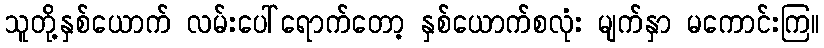
သူတို့နှစ်ယောက် လမ်းပေါ်ရောက်တော့ နှစ်ယောက်စလုံး မျက်နှာ မကောင်းကြ။